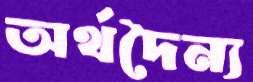
অর্থদৈন্য